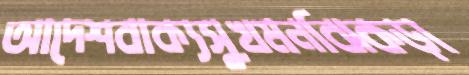
আদেশবাক্যসুখমনঝিকড়া